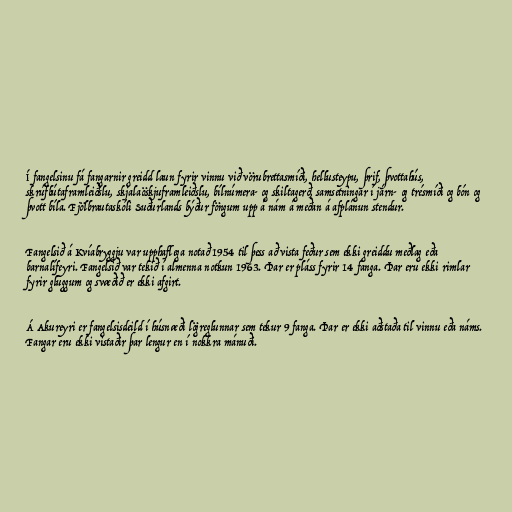
Í fangelsinu fá fangarnir greidd laun fyrir vinnu við vörubrettasmíði, hellusteypu, þrif, þvottahús,
skrúfbútaframleiðslu, skjalaöskjuframleiðslu, bílnúmera- og skiltagerð, samsetningar í járn- og trésmíði og bón og
þvott bíla. Fjölbrautaskóli Suðurlands býður föngum upp á nám á meðan á afplánun stendur.

Fangelsið á Kvíabryggju var upphaflega notað 1954 til þess að vista feður sem ekki greiddu meðlag eða
barnalífeyri. Fangelsið var tekið í almenna notkun 1963. Þar er pláss fyrir 14 fanga. Þar eru ekki rimlar
fyrir gluggum og svæðið er ekki afgirt.

Á Akureyri er fangelsisdeild í húsnæði lögreglunnar sem tekur 9 fanga. Þar er ekki aðstaða til vinnu eða náms.
Fangar eru ekki vistaðir þar lengur en í nokkra mánuði.